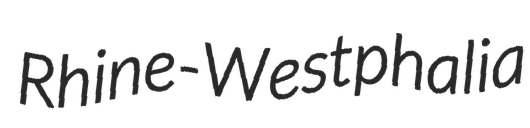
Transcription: Rhine-Westphalia